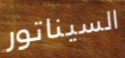
السيناتور